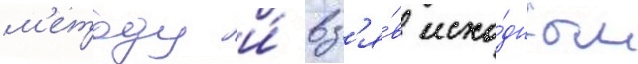
м'етоду и́ вз'я́в исхо́дным